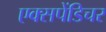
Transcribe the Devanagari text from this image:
एक्‍सपेंडिचर